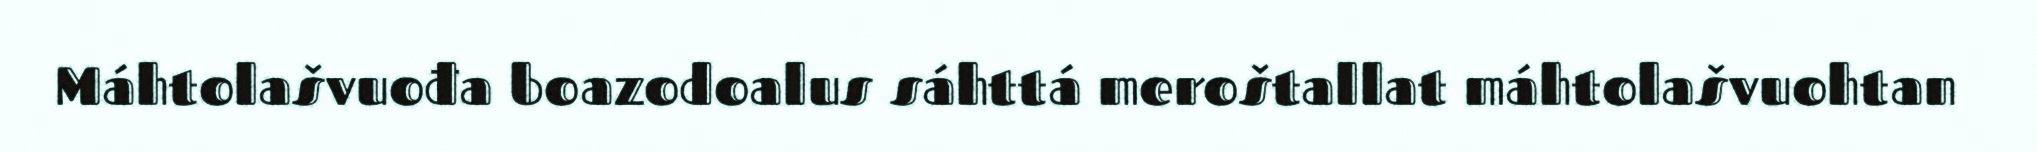
Máhtolašvuođa boazodoalus sáhttá meroštallat máhtolašvuohtan